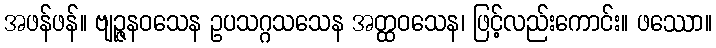
အဖန်ဖန်။ ဗျဉ္ဇနဝသေန ဥပသဂ္ဂသသေန အတ္ထဝသေန၊ ဖြင့်လည်းကောင်း။ ဖဿော။